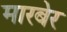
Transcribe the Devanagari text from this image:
मारबेर